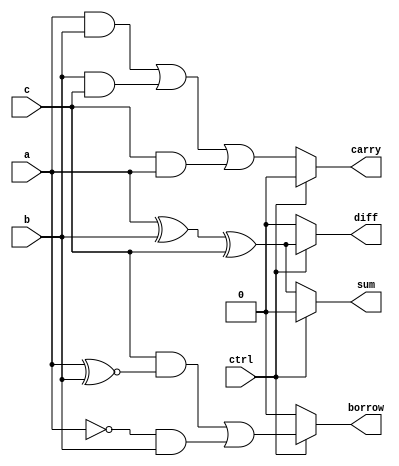
`timescale 1ns / 1ps
//////////////////////////////////////////////////////////////////////////////////
// Company: 
// Engineer: 
// 
// Design Name: 
// Module Name: fulladder_subtractor
// Project Name: 
// Target Devices: 
// Tool Versions: 
// Description: 
// 
// Dependencies: 
// 
// Revision:
// Revision 0.01 - File Created
// Additional Comments:
// 
//////////////////////////////////////////////////////////////////////////////////


module fulladder_subtractor(a,b,c,ctrl,sum,carry,diff,borrow);
input a,b,c;
input ctrl;
output reg sum,carry,diff,borrow;
always @(*)
begin
    if(ctrl==0)
    begin
        sum=a^b^c;
        carry=(a&b)|(b&c)|(c&a);
        diff=0;borrow=0;
    end
    else
    begin
        diff=a^b^c;
        borrow=c&(a~^b)|(~a&b);
        sum=0;carry=0;
        end
end
        


endmodule